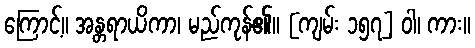
ကြောင့်။ အန္တရာယိကာ၊ မည်ကုန်၏။ [ကျမ်း ၁၅၇] ဝါ၊ ကား။